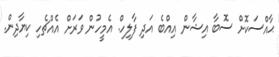
ޙާއްސަކޮށް ސޮބާ އިޝާން އިއްބެ އަދި ފާލިހް. އެމީހުން ވަރަށް އެއްޗެހި ކިޔާދިން.